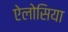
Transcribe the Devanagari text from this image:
ऐलोसिया